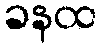
ခနထ